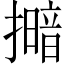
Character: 𢶹